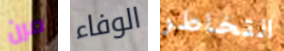
مرن الوفاء التخاطر